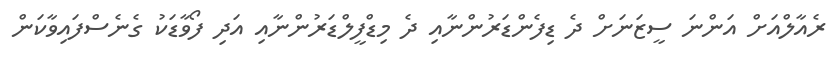
ރެއާލްއަށް އަންނަ ސީޒަނަށް ދެ ޑިފެންޑަރުންނާއި ދެ މިޑްފީލްޑަރުންނާއި އަދި ފޯވާޑަކު ގެނެސްފައިވާކަން